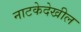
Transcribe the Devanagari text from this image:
नाटकेदेखील